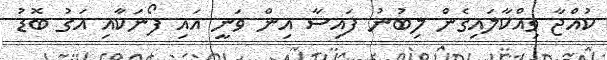
ކުއްޖާ ވިއްކާލައިގެން ލިބުނު ފައިސާ އިން ވަނީ އައި ފޯނަކާއި އަގު ބޮޑު